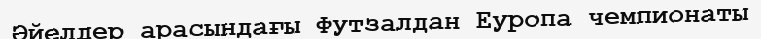
Əйелдер арасындағы Футзалдан Еуропа чемпионаты